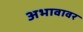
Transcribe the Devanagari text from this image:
अभावावर